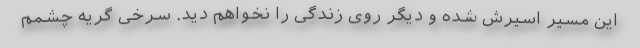
این مسیر اسیرش شده و دیگر روی زندگی را نخواهم دید. سرخی گریه چشمم